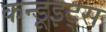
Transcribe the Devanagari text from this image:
कन्डूइट्स